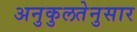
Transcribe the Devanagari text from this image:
अनुकुलतेनुसार